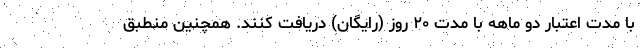
با مدت اعتبار دو ماهه با مدت ۲۰ روز (رایگان) دریافت کنند. همچنین منطبق